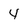
Character: 4